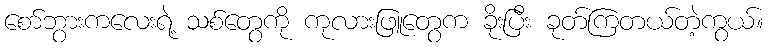
စော်ဘွားကလေးရဲ့ သစ်တွေကို ကုလားဖြူတွေက ခိုးပြီး ခုတ်ကြတယ်တဲ့ကွယ်။